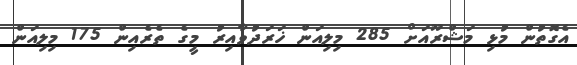
އެގޮތުން މުޅި މަޝްރޫއަށް 285 މިލިއަން ޚަރަދުވާއިރު މީގެ ތެރެއިން 175 މިލިއަން